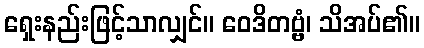
ရှေးနည်းဖြင့်သာလျှင်။ ဝေဒိတဗ္ဗံ၊ သိအပ်၏။